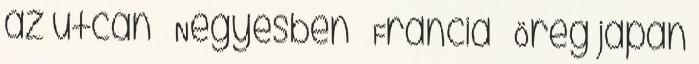
az utcán ▪ Négyesben ▪ Francia ▪ Öreg japán